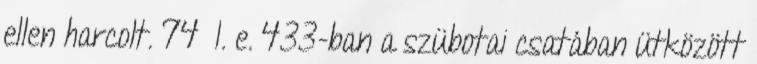
ellen harcolt. 74 I. e. 433-ban a szübotai csatában ütközött